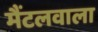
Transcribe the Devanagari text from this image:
मैंटलवाला